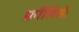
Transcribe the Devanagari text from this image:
फ्राँसिसी